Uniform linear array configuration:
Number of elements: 24
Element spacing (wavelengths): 0.25
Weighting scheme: uniform
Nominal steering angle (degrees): -60
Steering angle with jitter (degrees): -58.779
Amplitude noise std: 0.05
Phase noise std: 0.05

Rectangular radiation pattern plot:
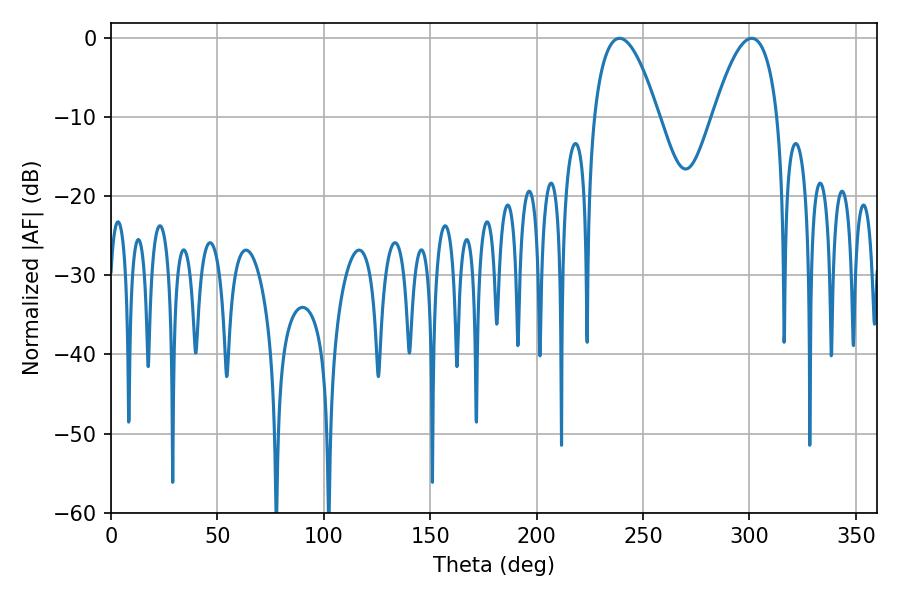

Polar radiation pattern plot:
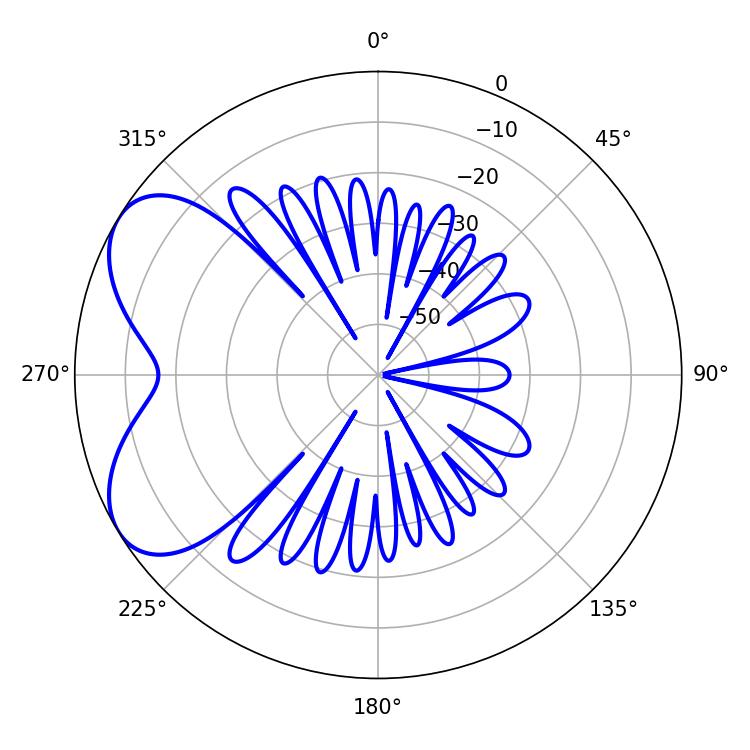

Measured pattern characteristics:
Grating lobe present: FALSE
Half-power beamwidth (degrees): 16.74
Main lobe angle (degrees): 239.04